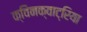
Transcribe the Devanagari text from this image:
क्विनक्वाट्रिया